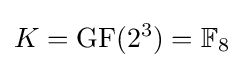
K=\mathrm {GF} (2^{3})=\mathbb {F} _{8}